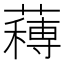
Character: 𮑼